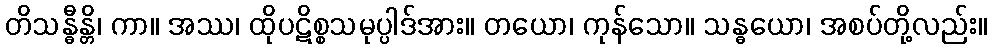
တိသန္ဓီန္တိ၊ ကာ။ အဿ၊ ထိုပဋိစ္စသမုပ္ပါဒ်အား။ တယော၊ ကုန်သော။ သန္ဓယော၊ အစပ်တို့လည်း။